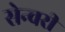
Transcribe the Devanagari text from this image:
सेन्चरी